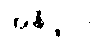
အနိပ္ဖလာ